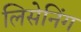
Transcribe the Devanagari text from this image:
लिसेनिंग